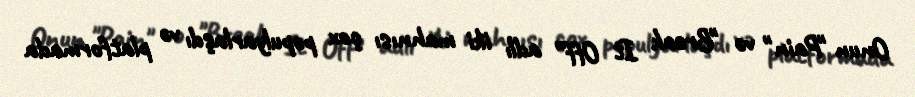
Onun "Pain" və "Break It Off" adlı iki mahnısı çox populyarlaşdı və platformada